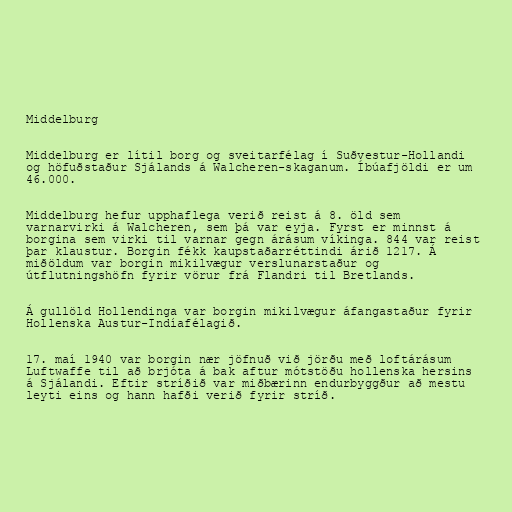
Middelburg

Middelburg er lítil borg og sveitarfélag í Suðvestur-Hollandi
og höfuðstaður Sjálands á Walcheren-skaganum. Íbúafjöldi er um
46.000.

Middelburg hefur upphaflega verið reist á 8. öld sem
varnarvirki á Walcheren, sem þá var eyja. Fyrst er minnst á
borgina sem virki til varnar gegn árásum víkinga. 844 var reist
þar klaustur. Borgin fékk kaupstaðarréttindi árið 1217. Á
miðöldum var borgin mikilvægur verslunarstaður og
útflutningshöfn fyrir vörur frá Flandri til Bretlands.

Á gullöld Hollendinga var borgin mikilvægur áfangastaður fyrir
Hollenska Austur-Indíafélagið.

17. maí 1940 var borgin nær jöfnuð við jörðu með loftárásum
Luftwaffe til að brjóta á bak aftur mótstöðu hollenska hersins
á Sjálandi. Eftir stríðið var miðbærinn endurbyggður að mestu
leyti eins og hann hafði verið fyrir stríð.